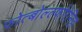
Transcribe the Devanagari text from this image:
फोत्बोल्ल्फोरेनिङ